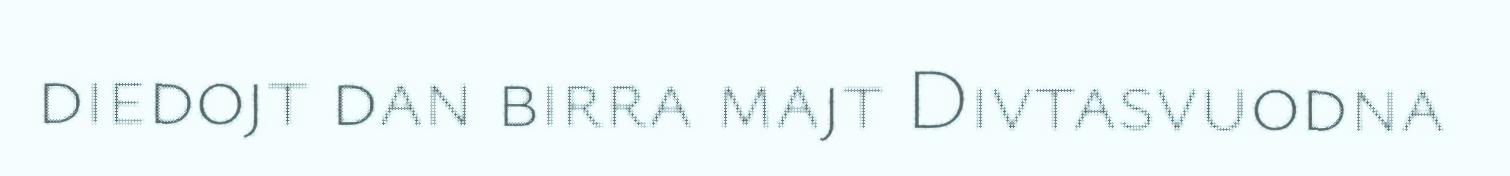
diedojt dan birra majt Divtasvuodna